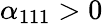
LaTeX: \alpha_{111}>0